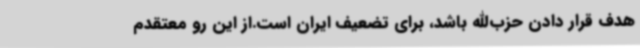
هدف قرار دادن حزب‌الله باشد، برای تضعیف ایران است.از این رو معتقدم